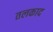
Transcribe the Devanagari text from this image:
तलकाद